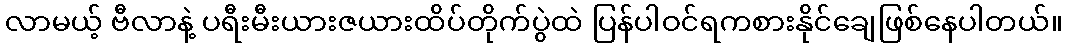
လာမယ့် ဗီလာနဲ့ ပရီးမီးယားဇယားထိပ်တိုက်ပွဲထဲ ပြန်ပါဝင်ရကစားနိုင်ချေဖြစ်နေပါတယ်။